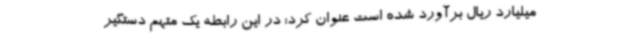
میلیارد ریال برآورد شده است عنوان کرد: در این رابطه یک متهم دستگیر